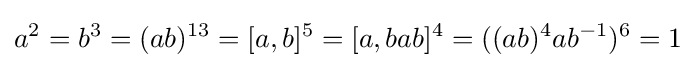
a^{2}=b^{3}=(ab)^{13}=[a,b]^{5}=[a,bab]^{4}=((ab)^{4}ab^{-1})^{6}=1